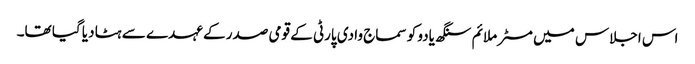
اس اجلاس میں مسٹر ملائم سنگھ یادو کو سماج وادی پارٹی کے قومی صدر کے عہدے سے ہٹا دیا گیا تھا۔